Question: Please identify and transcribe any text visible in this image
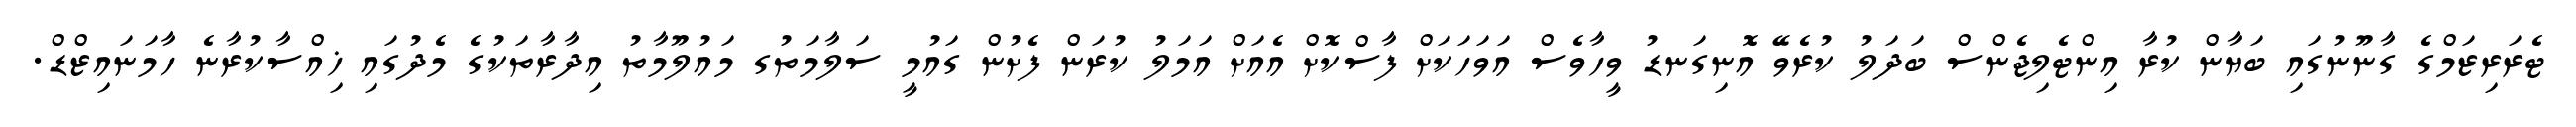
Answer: ޓެރަރިޒަމްގެ ގާނޫނުގައި ބަޔާން ކުރާ އިންޓެލިޖެންސް ބަދަލު ކުރެވޭ އޮނިގަނޑު ވީހާވެސް އަވަހަކަށް ފާސްކޮށް އެއަށް އަމަލު ކުރަން ފެށުން ގައުމީ ސަލާމަތުގ މައުލޫމާތު އިދާރާތަކުގެ މެދުގައި ޚިއްސާކުރާނެ ހާމަނައިޒްޑް.